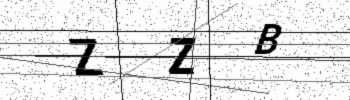
Text: ZZB